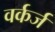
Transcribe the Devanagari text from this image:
वर्कर्ज